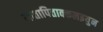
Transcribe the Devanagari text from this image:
मातापिताक्कलइयुन